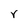
Character: r